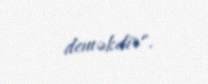
deməkdir".